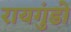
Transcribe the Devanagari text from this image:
रायगुंडो